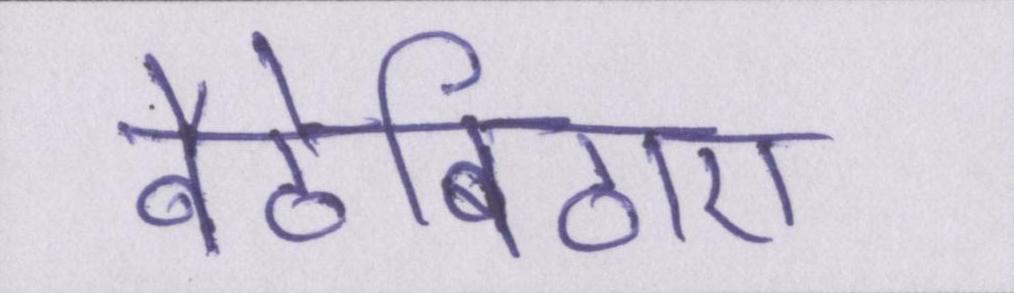
बैठेबिठाए